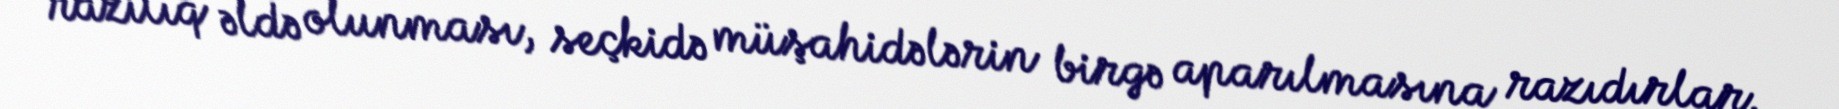
razılıq əldə olunması, seçkidə müşahidələrin birgə aparılmasına razıdırlar.